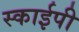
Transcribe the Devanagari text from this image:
स्काईपी